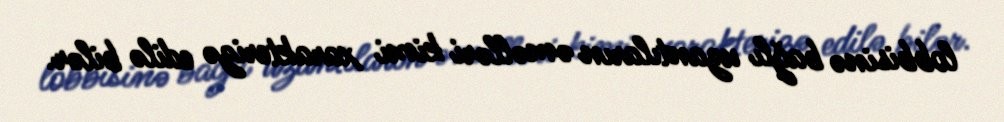
lobbisinə bağlı uzantıların əməlləri kimi xarakterizə edilə bilər.